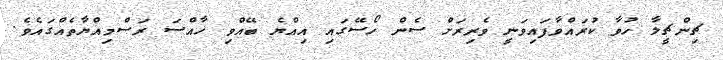
ޗިންޗީލާ ހުވާ ކުރައްވާފައިވަނީ ވެރިރަށް ސެން ހޯސޭގައި އިއްޔެ ބޭއްވި ޚާއްސަ ރަސްމިއްޔާތެއްގައެވެ.